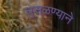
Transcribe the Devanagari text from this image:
घुसळण्याने